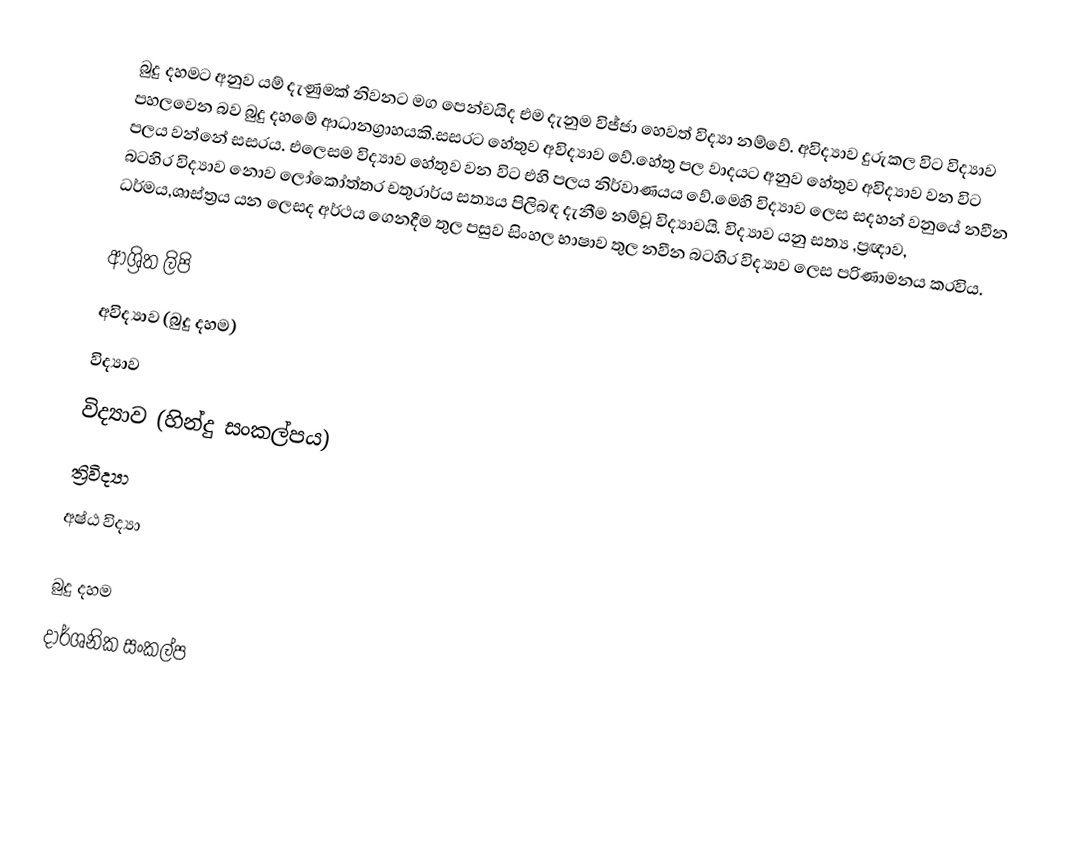
බුදු දහමට අනුව යම් දැණුමක් නිවනට මග ‍පෙන්වයිද එම දැනුම විජ්ජා හෙවත් විද්‍යා නම්වේ. අවිද්‍යාව දුරුකල විට විද්‍යාව පහලවෙන බව බුදු දහමේ ආධානග්‍රාහයකි.සසරට හේතුව අවිද්‍යාව වේ.හේතු පල වාදයට අනුව හේතුව අවිද්‍යාව වන විට පලය වන්නේ සසරය. එලෙසම විද්‍යාව හේතුව වන විට එහි  පලය නිර්වාණයය වේ.මෙහි විද්‍යාව ලෙස සදහන් වනුයේ නවීන බටහිර  විද්‍යාව නොව ලෝකෝත්තර  චතුරාර්ය සත්‍යය පිලිබඳ දැනීම නම්වූ විද්‍යාවයි. විද්‍යාව යනු සත්‍ය  ,ප්‍රඥාව, ධර්මය,ශාස්‌ත්‍රය යන ලෙසද අර්ථය ගෙනදීම තුල පසුව සිංහල භාෂාව තුල නවීන බටහිර විද්‍යාව ලෙස පරිණාමනය කරවිය.

ආශ්‍රිත ලිපි
 අවිද්‍යාව (බුදු දහම)
 විද්‍යාව
 විද්‍යාව (හින්දු සංකල්පය)
 ත්‍රිවිද්‍යා
 අෂ්ඨ විද්‍යා

බුදු දහම
දාර්ශනික සංකල්ප